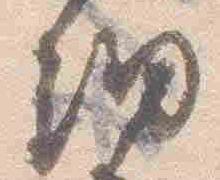
細